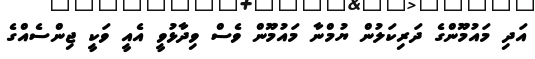
އަދި މައުމޫންގެ ދަރިކަލުން ޔުމްނާ މައުމޫން ވެސް ވިދާޅުވީ އެއީ ވަކީ ޖިންސެއްގެ